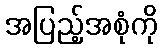
အပြည့်အစုံကို